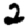
Digit: 2